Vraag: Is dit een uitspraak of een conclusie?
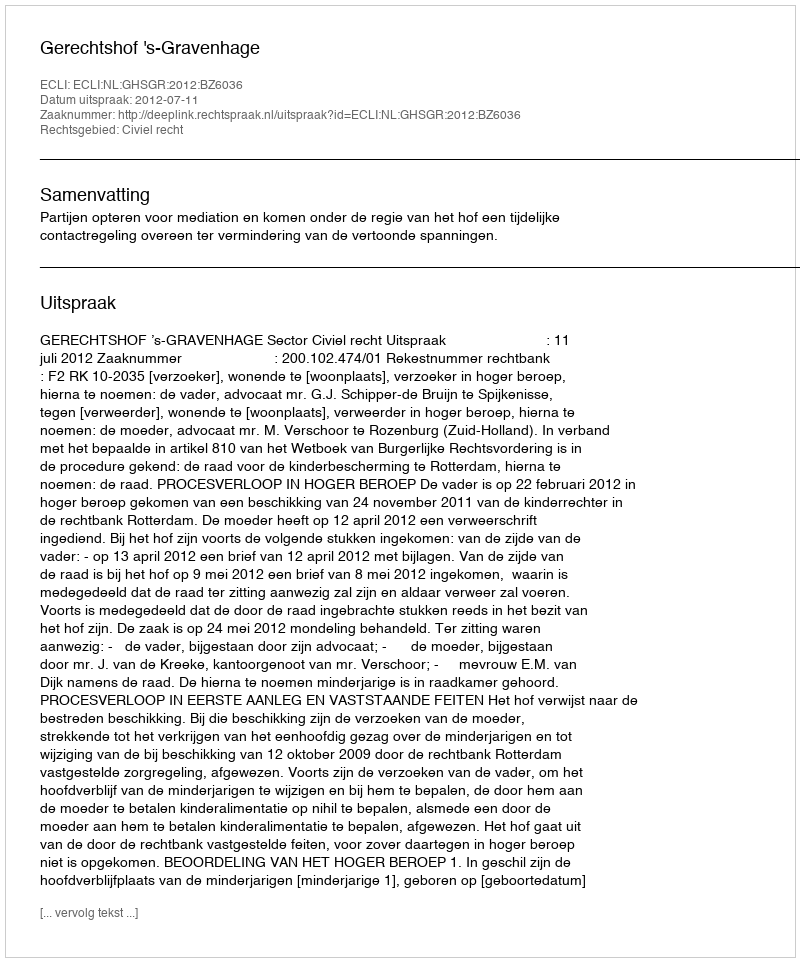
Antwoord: Uitspraak